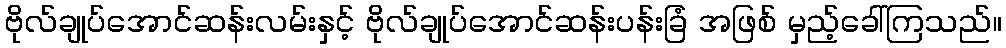
ဗိုလ်ချုပ်အောင်ဆန်းလမ်းနှင့် ဗိုလ်ချုပ်အောင်ဆန်းပန်းခြံ အဖြစ် မှည့်ခေါ်ကြသည်။